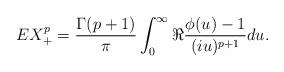
LaTeX: \begin{align*}E X_+^p = \frac{\Gamma(p+1)}{\pi} \int_0^\infty \Re \frac{\phi(u)-1}{(iu)^{p+1}} du.\end{align*}